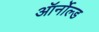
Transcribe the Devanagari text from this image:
ऑर्नोल्ड